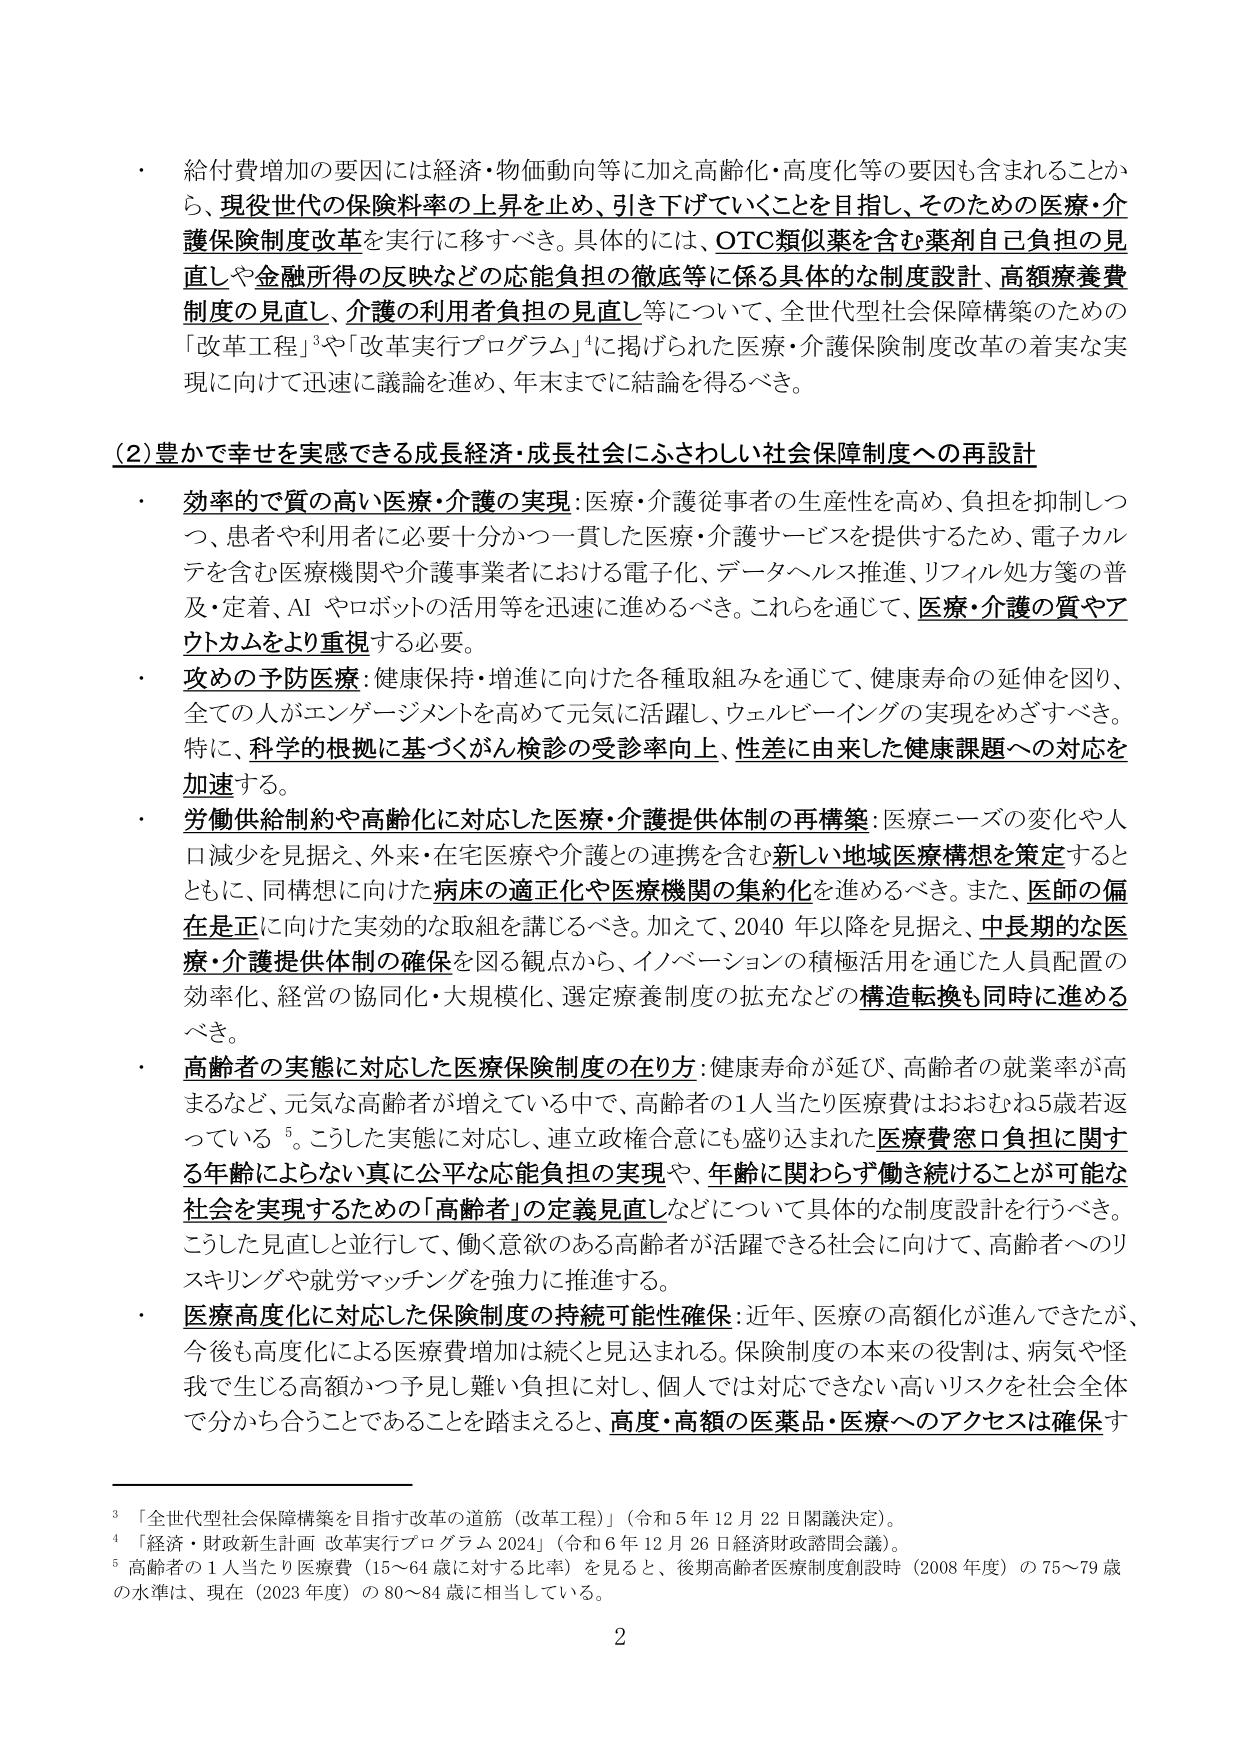
・ 給付費増加の要因には経済・物価動向等に加え高齢化・高度化等の要因も含まれることから、現役世代の保険料率の上昇を止め、引き下げていくことを目指し、そのための医療・介護保険制度改革を実行に移すべき。具体的には、OTC類似薬を含む薬剤自己負担の見直しや金融所得の反映などの応能負担の徹底等に係る具体的な制度設計、高額療養費制度の見直し、介護の利用者負担の見直し等について、全世代型社会保障構築のための「改革工程」³や「改革実行プログラム」⁴に掲げられた医療・介護保険制度改革の着実な実現に向けて迅速に議論を進め、年末までに結論を得るべき。

（2）豊かで幸せを実感できる成長経済・成長社会にふさわしい社会保障制度への再設計

・ 効率的で質の高い医療・介護の実現：医療・介護従事者の生産性を高め、負担を抑制しつつ、患者や利用者に必要十分かつ一貫した医療・介護サービスを提供するため、電子カルテを含む医療機関や介護事業者における電子化、データヘルス推進、リフィル処方箋の普及・定着、AI やロボットの活用等を迅速に進めるべき。これらを通じて、医療・介護の質やアウトカムをより重視する必要。

・ 攻めの予防医療：健康保持・増進に向けた各種取組みを通じて、健康寿命の延伸を図り、全ての人がエンゲージメントを高めて元気に活躍し、ウェルビーイングの実現をめざすべき。特に、科学的根拠に基づくがん検診の受診率向上、性差に由来した健康課題への対応を加速する。

・ 労働供給制約や高齢化に対応した医療・介護提供体制の再構築：医療ニーズの変化や人口減少を見据え、外来・在宅医療や介護との連携を含む新しい地域医療構想を策定するとともに、同構想に向けた病床の適正化や医療機関の集約化を進めるべき。また、医師の偏在是正に向けた実効的な取組を講じるべき。加えて、2040 年以降を見据え、中長期的な医療・介護提供体制の確保を図る観点から、イノベーションの積極活用を通じた人員配置の効率化、経営の協同化・大規模化、選定療養制度の拡充などの構造転換も同時に進めるべき。

・ 高齢者の実態に対応した医療保険制度の在り方：健康寿命が延び、高齢者の就業率が高まるなど、元気な高齢者が増えている中で、高齢者の1人当たり医療費はおおむね5歳若返っている⁵。こうした実態に対応し、連立政権合意にも盛り込まれた医療費窓口負担に関する年齢によらない真に公平な応能負担の実現や、年齢に関わらず働き続けることが可能な社会を実現するための「高齢者」の定義見直しなどについて具体的な制度設計を行うべき。こうした見直しと並行して、働く意欲のある高齢者が活躍できる社会に向けて、高齢者へのリスキリングや就労マッチングを強力に推進する。

・ 医療高度化に対応した保険制度の持続可能性確保：近年、医療の高額化が進んできたが、今後も高度化による医療費増加は続くと見込まれる。保険制度の本来の役割は、病気や怪我で生じる高額かつ予見し難い負担に対し、個人では対応できない高いリスクを社会全体で分かち合うことであることを踏まえると、高度・高額の医薬品・医療へのアクセスは確保す

³ 「全世代型社会保障構築を目指す改革の道筋（改革工程）」（令和5年12月22日閣議決定）。
⁴ 「経済・財政新生計画 改革実行プログラム2024」（令和6年12月26日経済財政諮問会議）。
⁵ 高齢者の1人当たり医療費（15～64歳に対する比率）を見ると、後期高齢者医療制度創設時（2008年度）の75～79歳の水準は、現在（2023年度）の80～84歳に相当している。

2